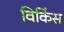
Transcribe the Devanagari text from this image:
विकिंस